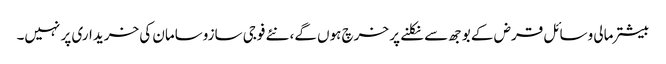
بیشتر مالی وسائل قرض کے بوجھ سے نکلنے پر خرچ ہوں گے، نئے فوجی سازوسامان کی خریداری پر نہیں۔